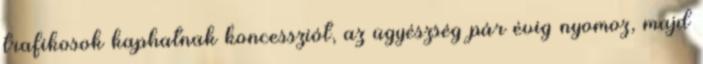
trafikosok kaphatnak koncessziót, az ügyészség pár évig nyomoz, majd